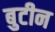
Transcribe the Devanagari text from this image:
बुटीन